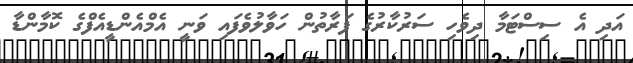
އަދި އެ ސިސްޓަމާ ދިވެހި ސަރުކާރުގެ ފަރާތުން ހަވާލުވެފައި ވަނީ އެމްއެންޑީއެފްގެ ކޮމާންޑާ